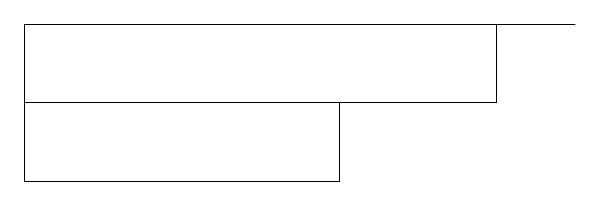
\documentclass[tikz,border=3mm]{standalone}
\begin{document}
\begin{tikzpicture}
\draw (1,12) rectangle (5,13);
\draw (8,14) rectangle (5,14);
\draw (1,13) rectangle (7,14);
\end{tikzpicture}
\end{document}